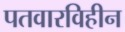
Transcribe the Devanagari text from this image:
पतवारविहीन